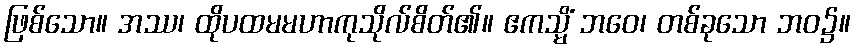
ဖြစ်သော။ အဿ၊ ထိုပထမမဟာကုသိုလ်စိတ်၏။ ဧကသ္မိံ ဘဝေ၊ တစ်ခုသော ဘဝ၌။